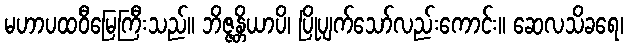
မဟာပထဝီမြေကြီးသည်။ ဘိဇ္ဇန္တိယာပိ၊ ပြိုပျက်သော်လည်းကောင်း။ ဆေလသိခရေ၊